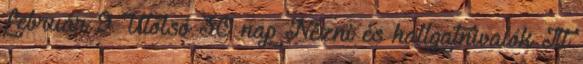
február 9 Utolsó 30 nap Nézni és hallgatnivalók Itt